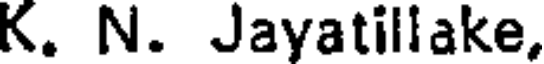
K. N. Jayatillake,